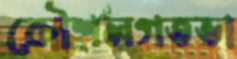
কৌশলগতভা